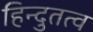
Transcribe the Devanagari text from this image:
हिन्दुतत्व